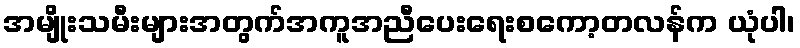
အမျိုးသမီးများအတွက်အကူအညီပေးရေးစကော့တလန်က ယုံပါ၊